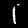
Label: 1